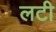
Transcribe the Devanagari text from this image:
लटी